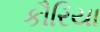
કૌરિયા